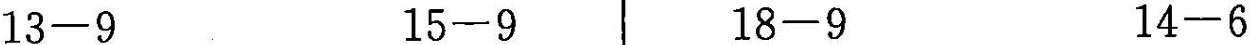
$$1 3 - 9$$ $$1 5 - 9$$ $$1 8 - 9$$ $$1 4 - 6$$